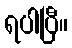
ရပါပြီ။